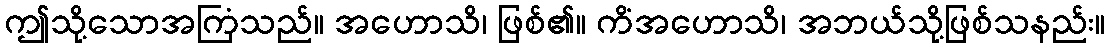
ဤသို့သောအကြံသည်။ အဟောသိ၊ ဖြစ်၏။ ကိံအဟောသိ၊ အဘယ်သို့ဖြစ်သနည်း။